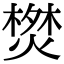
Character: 𭫬